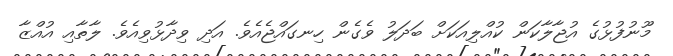
މޫނުފުޅުގެ އުޖާލާކަން ކުއްލިއަކަށް ބަދަލު ވެގެން ހިނގައްޖެއެވެ. އަދި ވިދާޅުވިއެވެ. ލާތާއި އުއްޒާ